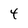
Character: 4